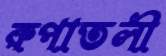
রুপাতলী